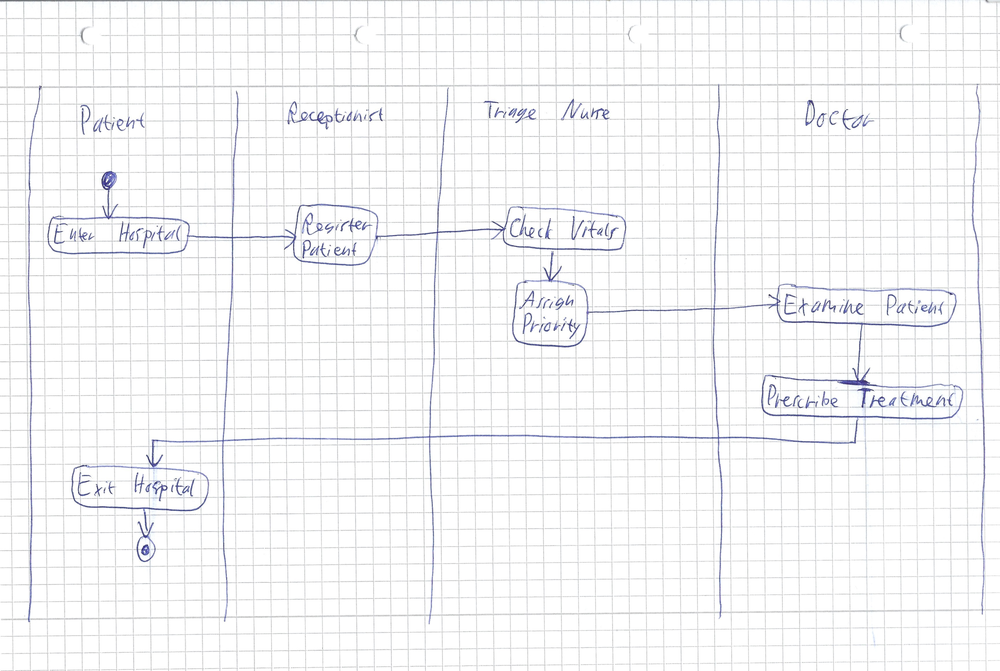
Diagram type: activity_diagram
```plantuml
@startuml

|Patient|
start
:Enter Hospital;
|Receptionist|
:Register Patient;
|Triage Nurse|
:Check Vitals;
:Assign Priority;
|Doctor|
:Examine Patient;
:Prescribe Treatment;
|Patient|
:Exit Hospital;
stop

@enduml
```